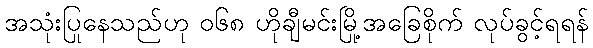
အသုံးပြုနေသည်ဟု ၀၆၈ ဟိုချီမင်းမြို့အခြေစိုက် လုပ်ခွင့်ရရန်